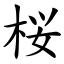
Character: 桜